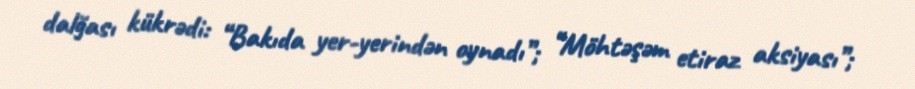
dalğası kükrədi: “Bakıda yer-yerindən oynadı”; “Möhtəşəm etiraz aksiyası”;